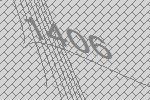
1406